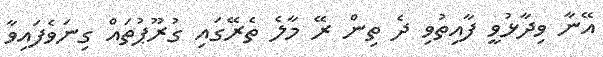
އޭނާ ވިދާޅުވީ ފާއިތުވި ދެ ތިން ރޭ މާލެ ތެރޭގައި ގުރޫޕުތައް ގިނަވެފައިވާ